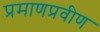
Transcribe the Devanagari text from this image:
प्रमाणप्रवीण